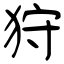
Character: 狩